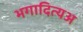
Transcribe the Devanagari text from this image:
भगादित्यअ